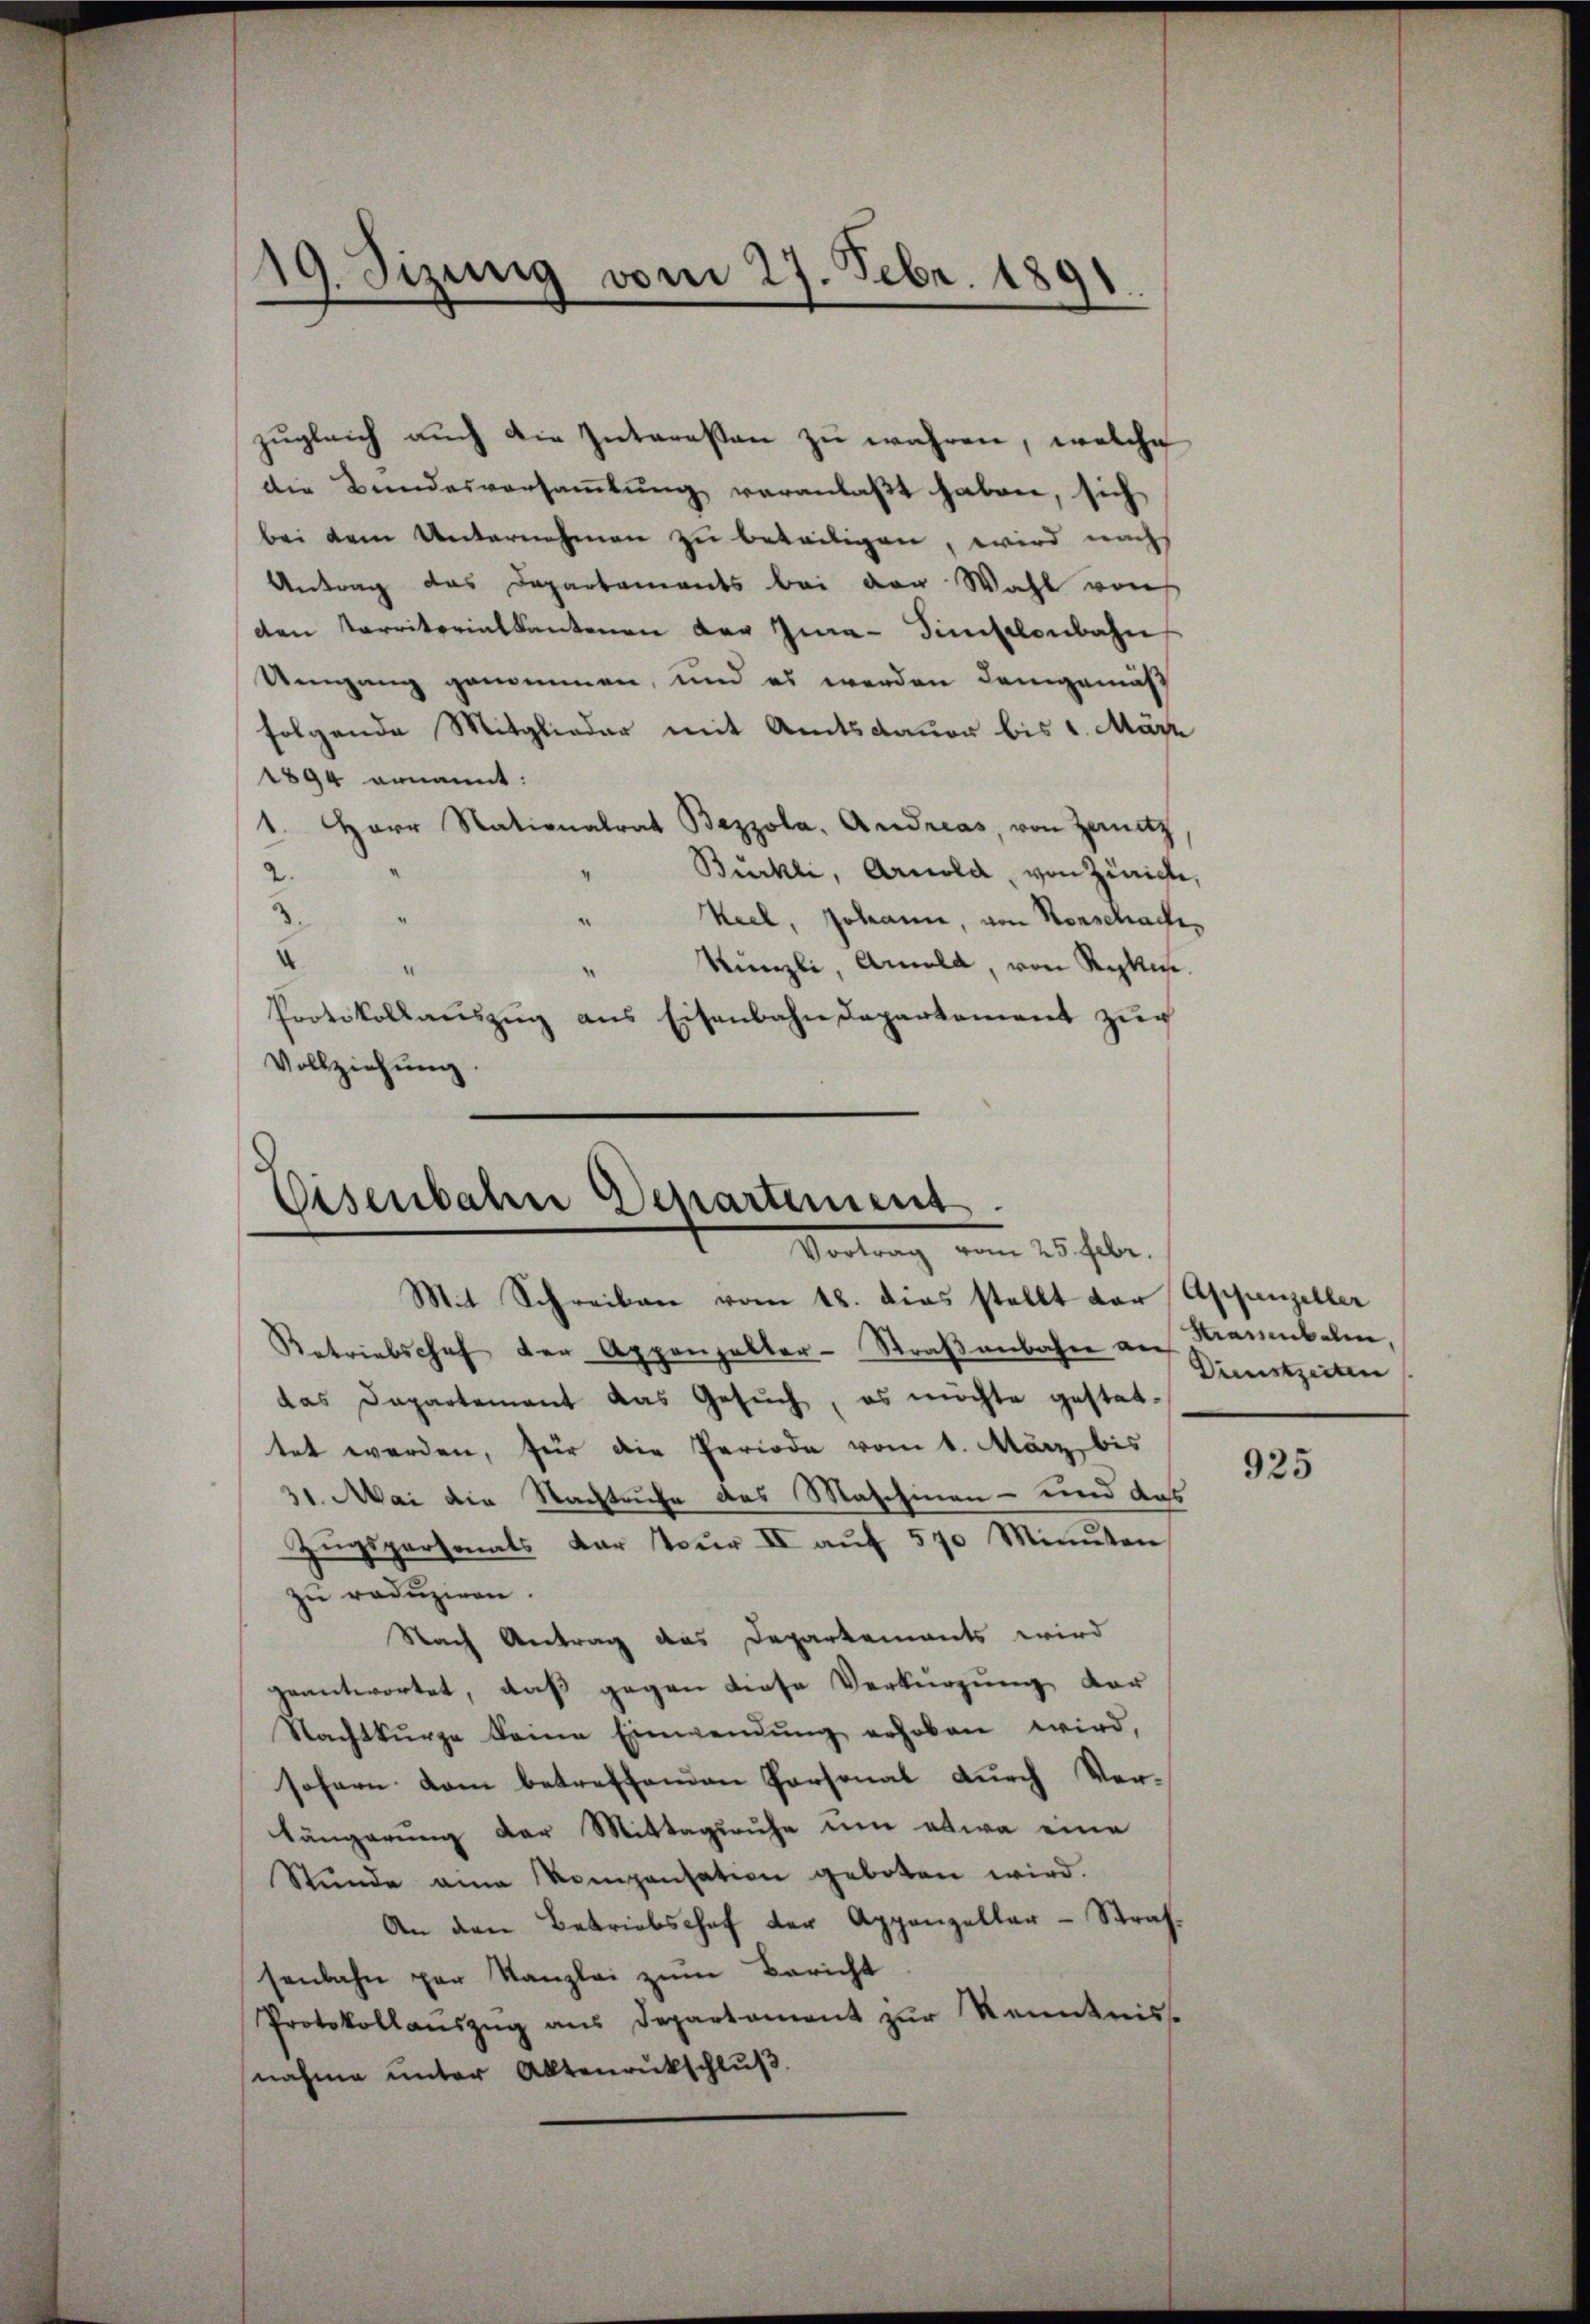
.
19. Sizung vom 27. Febr. 1891

zugleich auch die Interessen zu wahren, welche
die Bundesversamlung veranlaßt haben, sich
bei dem Unternehmen zu betätigen, wird nach
Antrag das Departements bei der Wahl von
den Karritorialkantonen der Gia-Simselenbahn
Umgang genommen, und es werden demgemäß
folgende Mitglieder mit Amtsdauer bis 1. März
1894 ernannt:
1. Herr Stationalrat Bezzola, Andreas, von Zenitz
2.
Bürkli, Arnold, von Zürichte,
3.
“
Keel, Johanne, von Vorschaden
“
Künzli, Arnold, von Ryken.
“
Protokollauszug aus Eisenbahndepartement zur
Vollziehung.

Eisenbahn Departement
Vortrag vom 25. Febr.
Mit Schreiben vom 18. dies stellt der Appenzeller

Retriebschef der Appenzeller-Straβenbahn an
das Dapartement das Gesuch, es möchte gestattet werden, für die Periode vom 1. März bis
31. Mai die Nachtruhe des Maschinen - und das
Zugspersonals dar tour II aŭf 570 Minuten
zu reduziren.
Nach Antrag das Departements wird
geantwortet, daß gegen diese Verkürzung der
Nachtkurze keine Einwendung erhoben wird,
sofern dem betreffenden Personal durch Ver¬
Längerung der Mittagsruhe um etwa eine
Stŭnde am Kompensation geboten wird.
An den Betriebschef der Appenzeller-Strafsenbahn per Kanzlei zum Bericht
Protokollauszug aus Departament zur Kenntnis-
nahme unter Aktenrückschlŭβ

Kaisenbalm,
Dienstzeiten

925